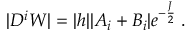
| D ^ { i } W | = | h | | A _ { i } + B _ { i } | e ^ { - \frac { J } { 2 } } \; .